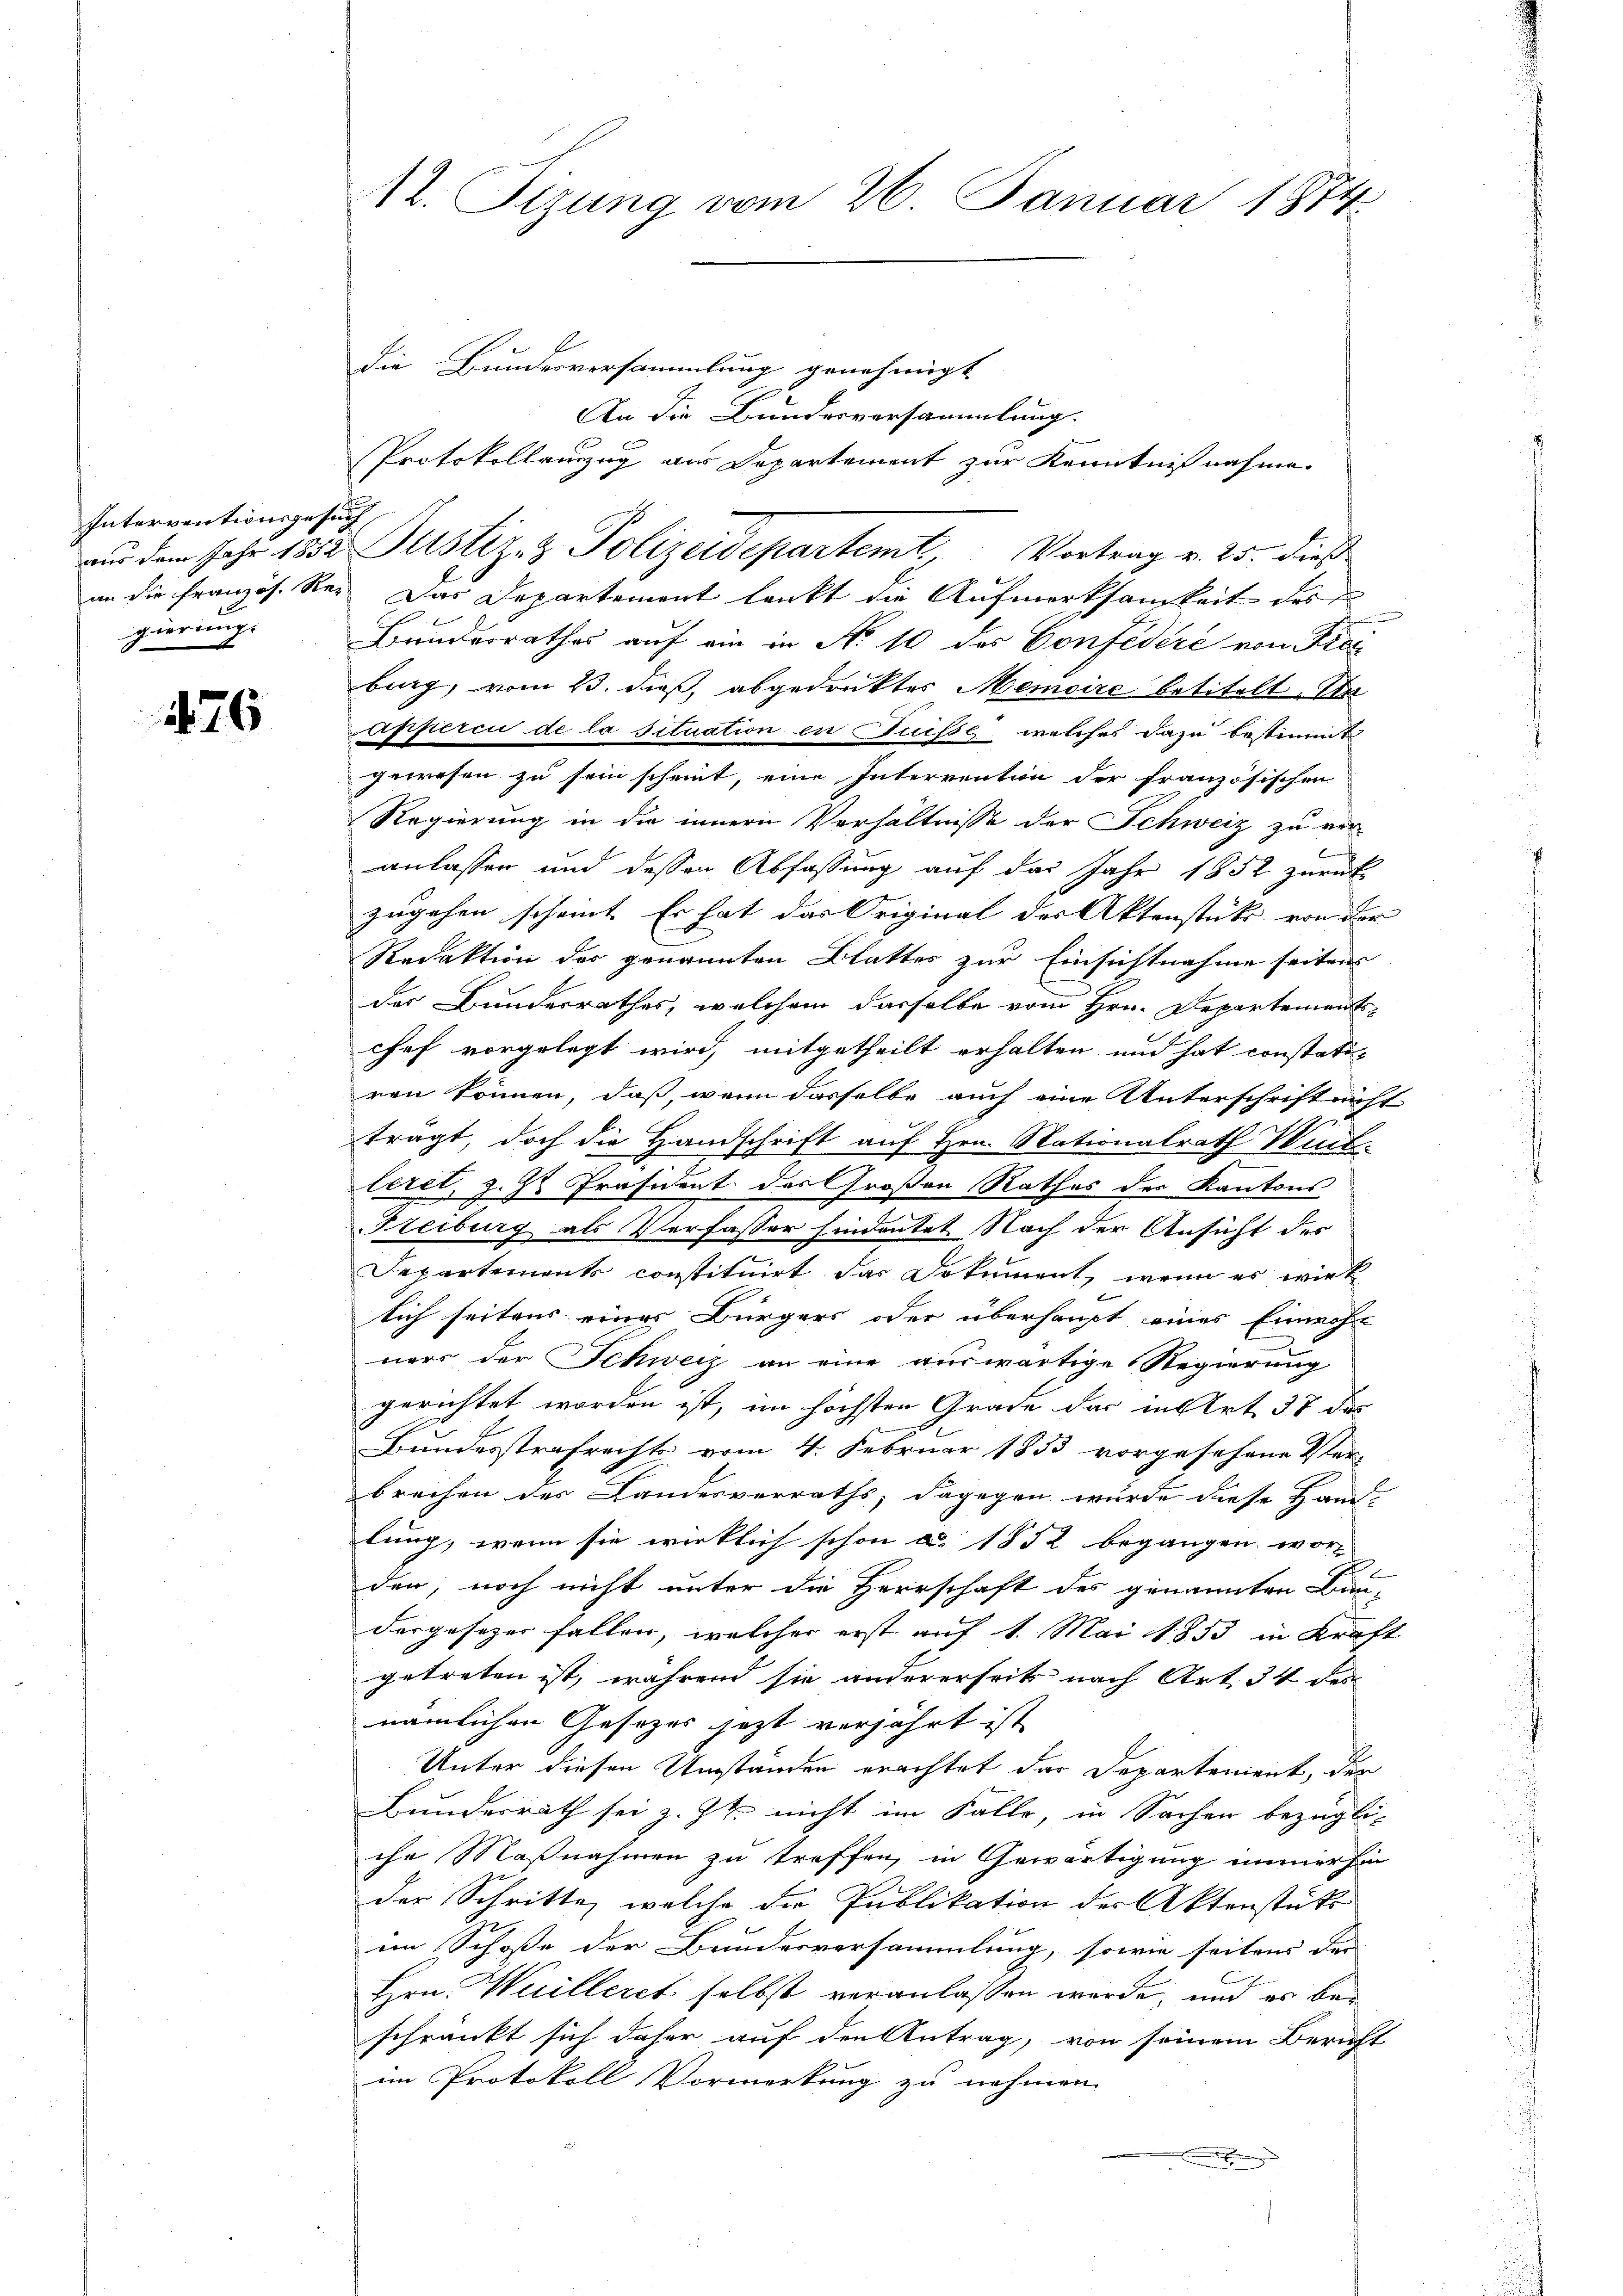
Interventionsgesuch,
an die französ. Re-
gierung.

476

12. Sizung vom 26. Januar 1874

die Bundesversammlung genehmigt
An die Bundesversammlung.
Das Departement lenkt die Aufmerksamkeit des
Bunderrathes auf ein in No 10 des Confedere von Frei
burg, vom 13. dieß, abgedenktes Memoire betitelt. Na
apperci de la situation in Suisse, welches dazu bestimmt
gewesen zu sein scheint, eine Interventin der französischen
Regierung in die innern Verhältnisse der Schweiz zu ver-
anlassen und dessen Abfassung auf das Jahr 1852 zurück
zugehen scheint. Er hat das Original der Aktenstücke von der
Redaktion der genannten Blattes zur Einsichtnahme seitens
der Bundesrathes, welchem dasselbe vom Hrn. Departement
chef vorgelegt wird, mitgetheilt erhalten, und hat constatiren können, daß, wenn dasselbe auch eine Unterschrift nicht
trägt, doch die Handschrift auf Hrn. Stationalrath Wint
leret, z. Z. Präsident des Großen Rathes der Kantons
Freiburg als Verfasser findeutet Nach der Ansicht des
Separtements constituirt das Dokument, wenn es wirk
lich seitens eines Bürgers oder überhaupt eines Einwohn
ners der Schweiz an eine auswärtige Regierung
gerichtet worden ist, im höchsten Grade der in Art. 38 des
Bundesstrafrechts vom 4. Februar 1853 vorgesehene Ver-
brechen der Landesverraths, dagegen wurde diese Hand-
lung, wenn sie wirklich schon a. 1852 begangen wor
E
den, noch nicht unter die Herrschaft des genannten Bun-
dergesezer fallen, welcher erst auf 1. Mai 1853 in Kraft
getreten ist, während sie andererseits nach Art. 34 des
nämlichen Gesetzes jetzt verjährt ist
Unter diesen Umständen erachtet das Departement, der
Bundesrath sei z. Zt. nicht im Falle, in Sachen bezügli-
che Maßnahmen zu treffen, in Gewärtigung immer hin
der Schritte, welche die Publikation des Aktenstütz
im Schoße der Bundesversammlung, sowie seitens der
Hrn. Wuilleret selbst veranlassen werde, und es beschränkt sich daher auf den Antrag, von seinem Bericht
im Protokoll Vormerkung zu nehmen.

Protokollanzug aus Departement zur Kenntnißnahme.
ur dem Jahr 1832. Justiz- & Polizeidepartemt Vortrag v. 25. dieß